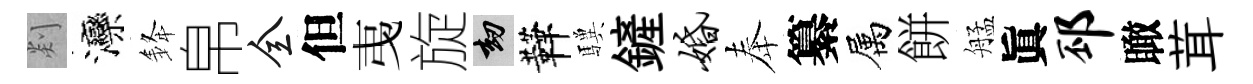
剡灤𨦟帛全但𢎯旋劫鞾驥鏟婚奉纂属餅艋眞邳瞰茸